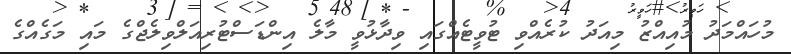
މުހައްމަދު މުއިއްޒު މިއަދު ކުރެއްވި ޓުވީޓެއްގައި ވިދާޅުވީ މާލެ އިންޑަސްޓުރިއަލްވިލެޖްގެ މައި މަގެއްގެ